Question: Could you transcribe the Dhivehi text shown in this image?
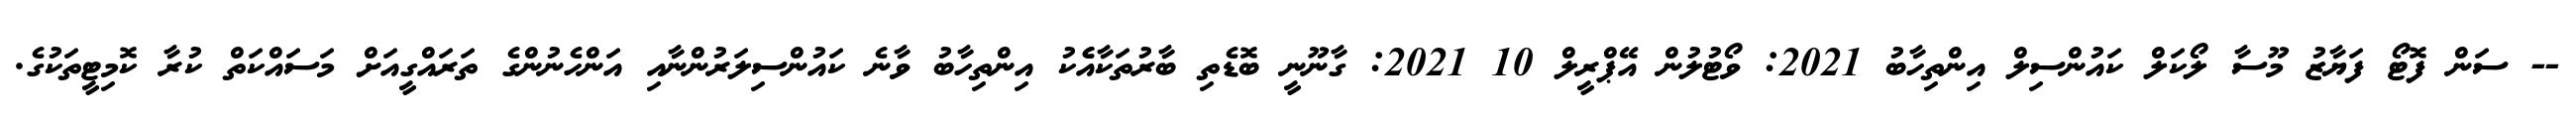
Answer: -- ސަން ފޮޓޯ ފަޔާޒު މޫސާ ލޯކަލް ކައުންސިލް އިންތިހާބު 2021: ވޯޓުލުން އޭޕްރީލް 10 2021: ގާނޫނީ ބޮޑެތި ބާރުތަކާއެެކު އިންތިހާބު ވާނެ ކައުންސިލަރުންނާއި އަންހެނުންގެ ތަރައްގީއަށް މަސައްކަތް ކުރާ ކޮމިޓީތަކުގެ.